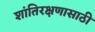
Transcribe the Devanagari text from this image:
शांतिरक्षणासाठी